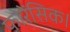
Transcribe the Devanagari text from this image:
फोरेंसिक।